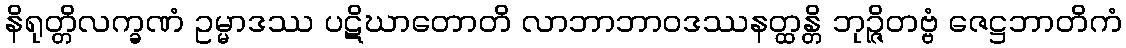
နိရုတ္တိလက္ခဏံ ဥမ္မာဒဿ ပဋိဃာတောတိ လာဘာဘာဝဒဿနတ္ထန္တိ ဘုဉ္ဇိတဗ္ဗံ ဇေဋ္ဌဘာတိကံ